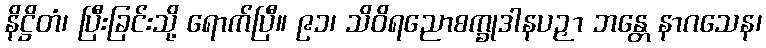
နိဋ္ဌိတံ၊ ပြီးခြင်းသို့ ရောက်ပြီ။ ၉၁၊ သိဝိရညောစက္ခုဒါနပဉှာ ဘန္တေ နာဂသေန၊